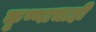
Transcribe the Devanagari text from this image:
कृष्णाचाही